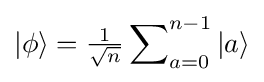
|\phi \rangle ={\tfrac {1}{\sqrt {n}}}\sum \nolimits _{a=0}^{n-1}|a\rangle